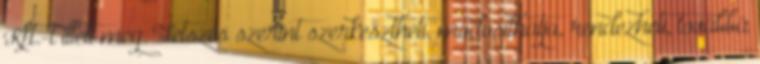
Kft.-t illeti meg. Tetszés szerint szerkesztheti, módosíthatja, rendezheti, továbbá